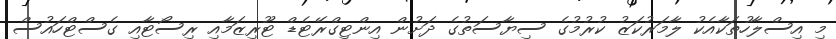
މި އިސްލާހުތަކާއެކު ލާމަރުކަޒު ކުރުމުގެ ސިޔާސަތުގެ ދަށުން އިންޓިގްރޭޓެޑް ޓޫރިޒަމާއި ރިސޯޓާއި ގެސްޓްހައުސް